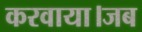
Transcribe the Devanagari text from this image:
करवाया।जब